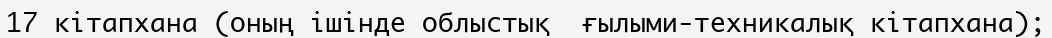
17 кітапхана (оның ішінде облыстық  ғылыми-техникалық кітапхана);